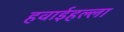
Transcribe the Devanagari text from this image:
हवाईहल्ला